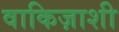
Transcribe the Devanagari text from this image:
वाकिज़ाशी